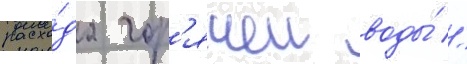
расхо́да гор'ячеи воды́ //